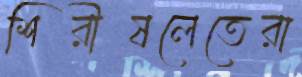
শিরীষলেতেরা